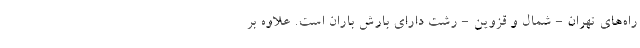
راه‌های تهران - شمال و قزوین - رشت دارای بارش باران است. علاوه بر